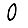
Digit: 0